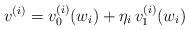
LaTeX: \begin{align*}v^{(i)}=v^{(i)}_0(w_i)+\eta_i\,v^{(i)}_1(w_i)\end{align*}